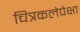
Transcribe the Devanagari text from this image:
चित्रकलेपेक्षा